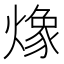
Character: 𭶆